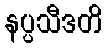
နပ္ပသီဒတိ